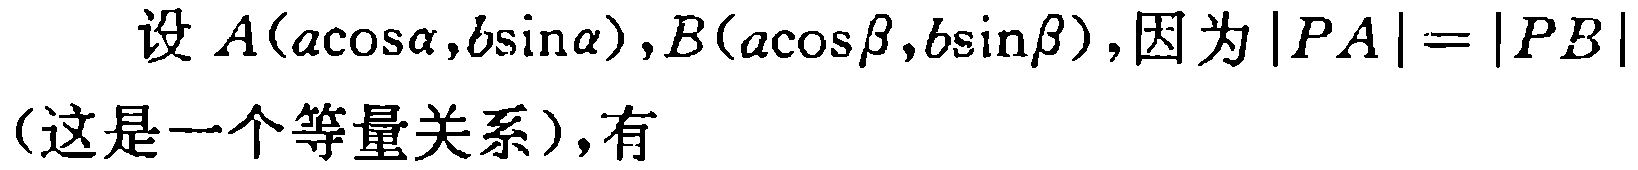
设 \(A(a\cos\alpha,b\sin\alpha),B(a\cos\beta,b\sin\beta)\),因为 \(|PA| = |PB|\)（这是一个等量关系）,有